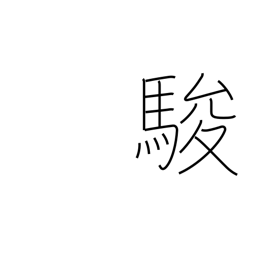
Meaning: speed